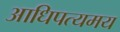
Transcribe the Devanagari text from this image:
आधिपत्यमय